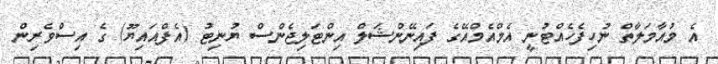
އެ މުއާމަލާތް ނުހިފެހެއްޓުނީ އެމްއެމްއޭގެ ފައިނޭންޝަލް އިންޓަލިޖެންސް ޔުނިޓު (އެފްއައިޔޫ) ގެ އިސްވެރިން